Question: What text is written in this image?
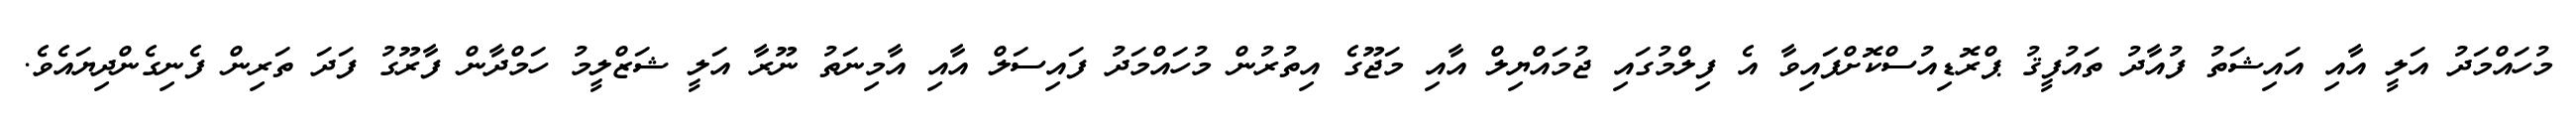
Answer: މުހައްމަދު އަލީ އާއި އައިޝަތު ފުއާދު ތައުފީޤު ޕްރޮޑިއުސްކޮށްފައިވާ އެ ފިލްމުގައި ޖުމައްޔިލް އާއި މަޖޫގެ އިތުރުން މުހައްމަދު ފައިސަލް އާއި އާމިނަތު ނޫރާ އަލީ ޝަޒްލީމު ހަމްދާން ފާރޫގު ފަދަ ތަރިން ފެނިގެންދިޔައެވެ.